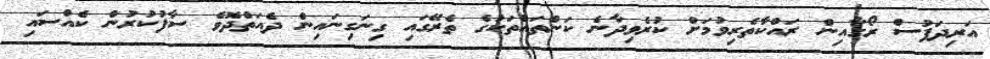
އަރިދަފުސް ރޯގާއިން ރައްކާތެރިވުމަށް ކުރެވިދާނެ ކަންތައްތަކުގެ ތެރޭގައި ގިނަގިނައިން ދެއަތްދޮވެ ސާފުކުރުން ކެއްސައި